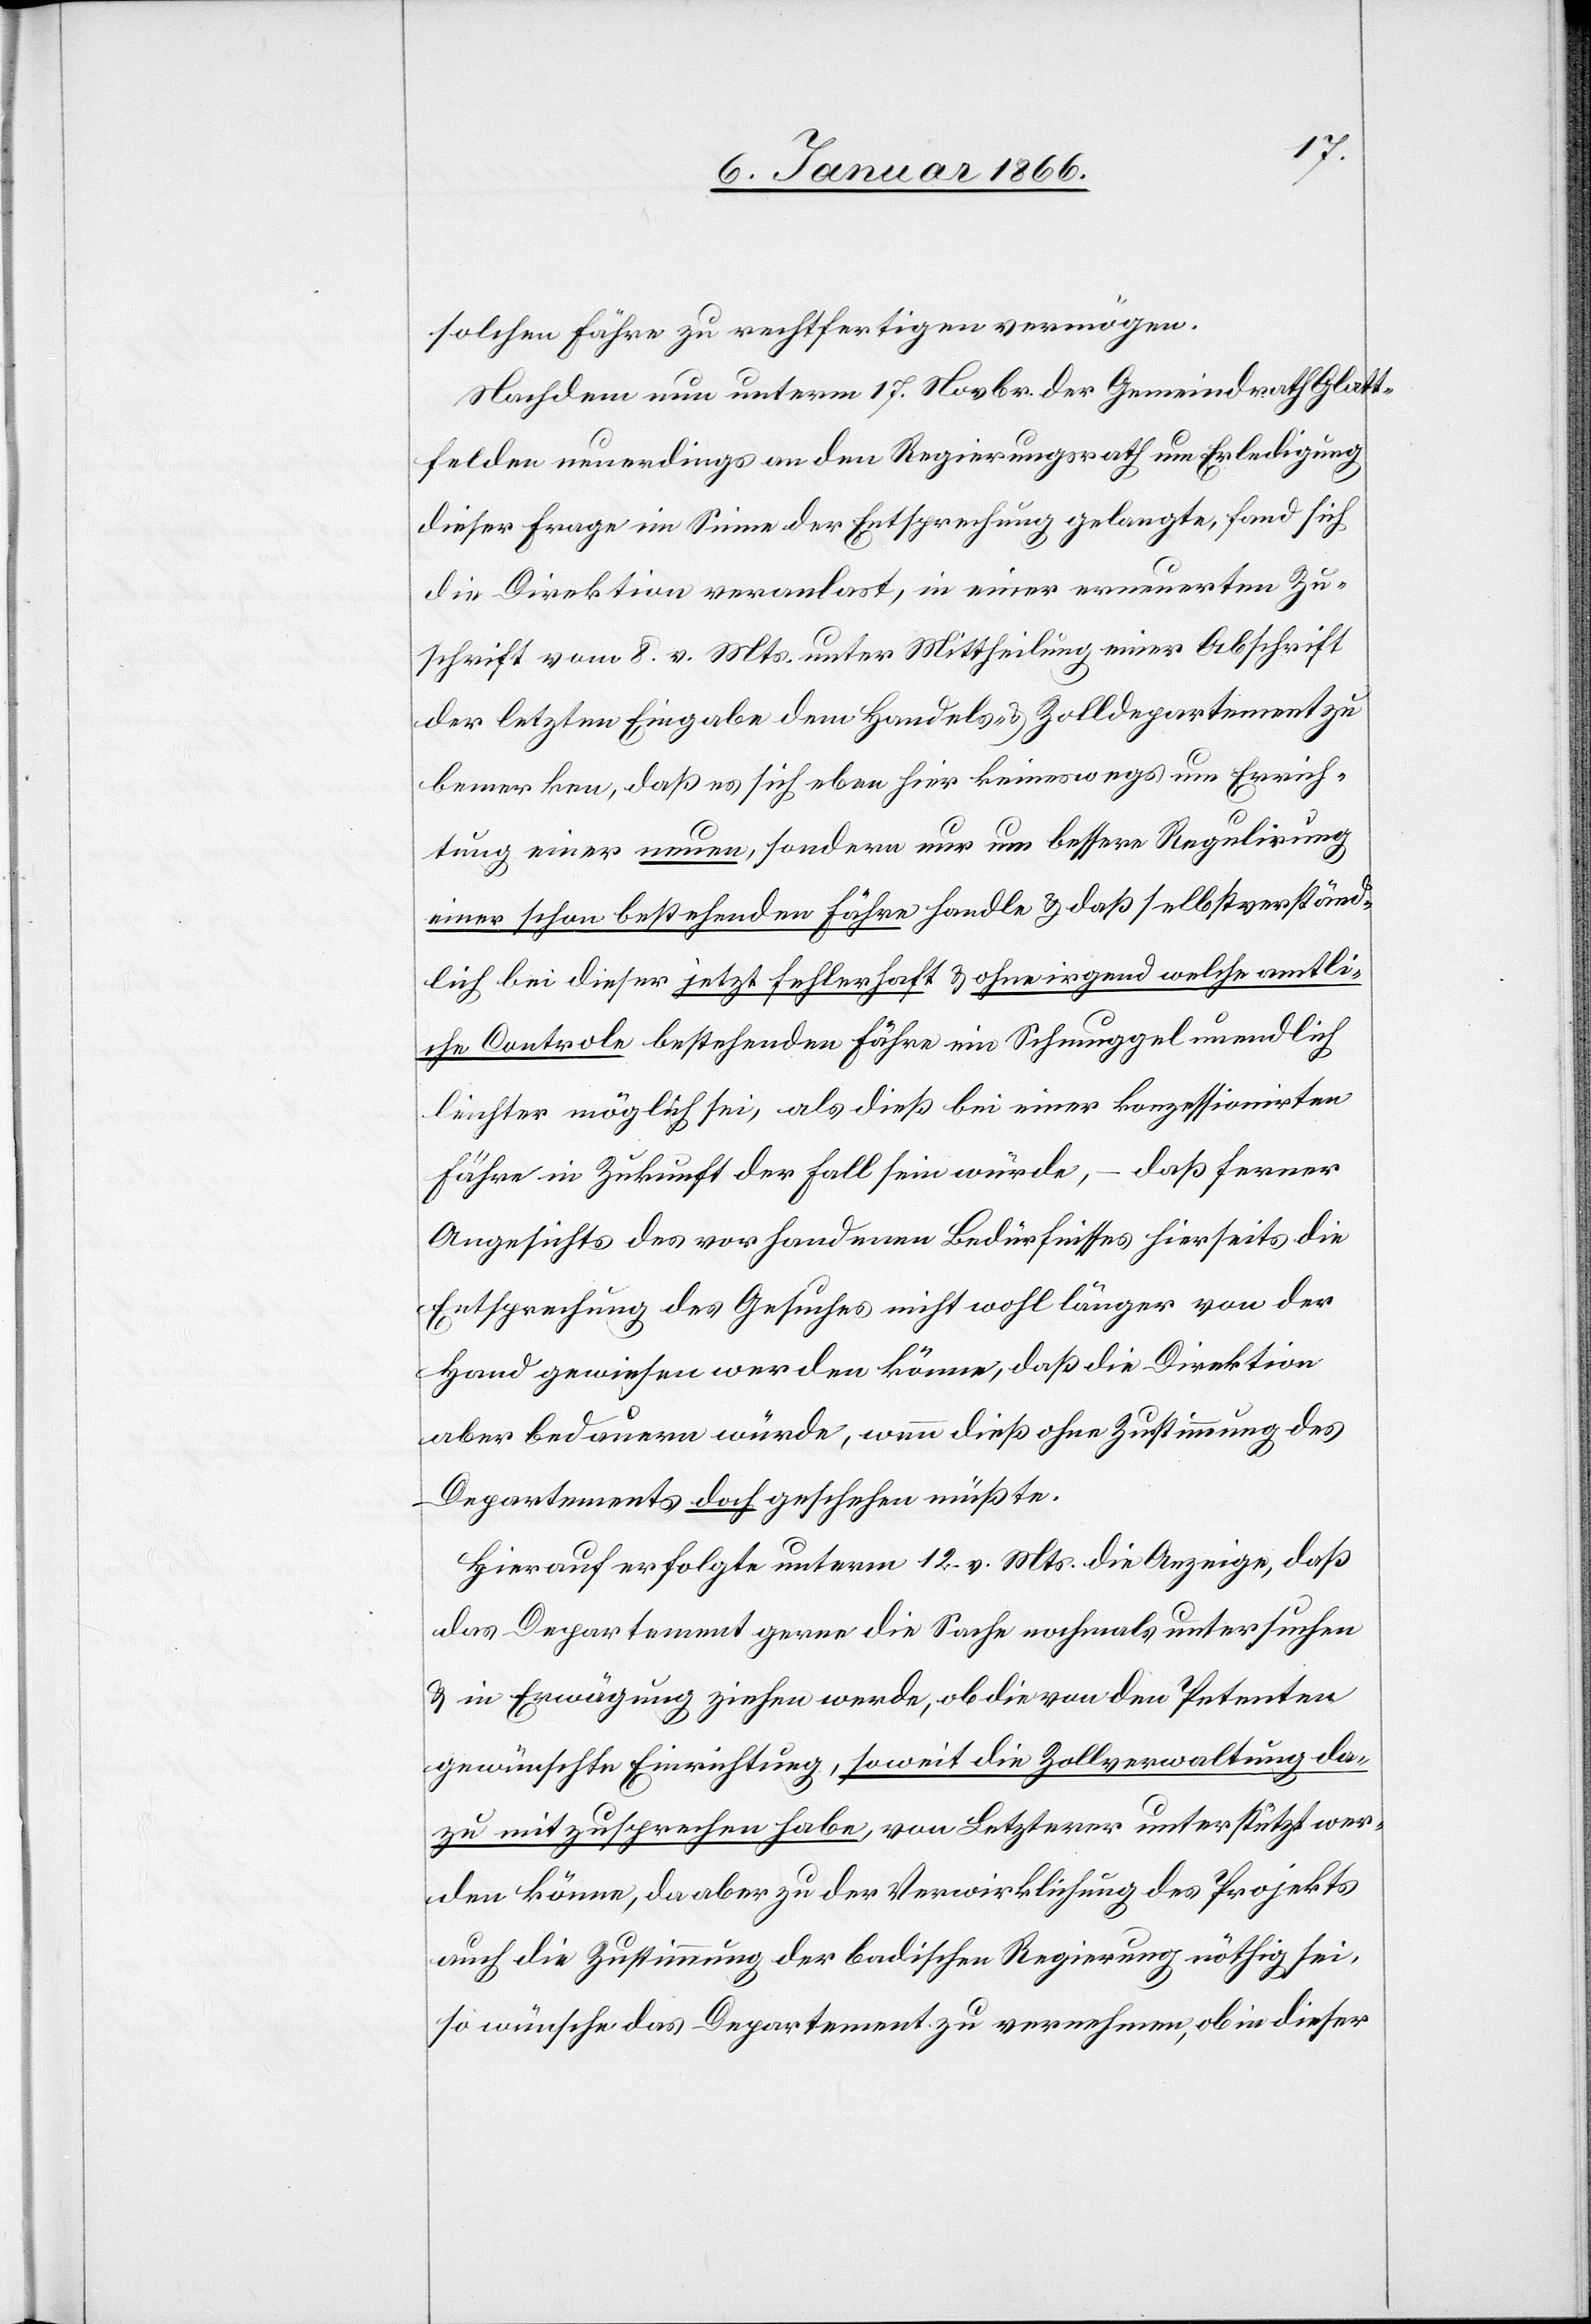
solchen Fähre zu rechtfertigen vermögen.
Nachdem nun unterm 17. Novbr. der Gemeindrath Glatt¬
felden neuerdings an den Regierungsrath um Erledigung
dieser Frage im Sinne der Entsprechung gelangte, fand sich
die Direktion veranlast, in einer erneuerten Zu¬
schrift vom 8. v. Mts. unter Mittheilung einer Abschrift
der letzten Eingabe dem Handels- & Zolldepartement zu
bemerken, daß es sich eben hier keineswegs um Errich¬
tung einer neuen, sondern nur um bessere Regulirung
einer schon bestehenden Fähre handle u. daß selbstverständ¬
lich bei dieser jetzt fehlerhaft & ohne irgend welche amtli¬
che Controle bestehenden Fähre ein Schmuggel unendlich
leichter möglich sei, als dieß bei einer konzessionirten
daß ferner
Fähre in Zukunft der Fall sein werde,
Angesichts des vorhandenen Bedürfnisses hierseits die
Entsprechung des Gesuches nicht wohl länger von der
Hand gewiesen werden könne, daß die Direktion
aber bedauern würde, wenn dieß ohne Zustimmung des
Departements doch geschehen müßte.
Hierauf erfolgte unterm 12. v. Mts. die Anzeige, daß
das Departement gerne die Sache nochmals untersuchen
u. in Erwägung ziehen werde, ob die von den Petenten
gewünschte Einrichtung, soweit die Zollverwaltung da¬
zu mitzusprechen habe, von Letzterer unterstützt wer¬
den könne, da aber zu der Verwirklichung des Projekts
auch die Zustimmung der badischen Regierung nöthig sei,
so wünsche das Departement zu vernehmen, ob in dieser